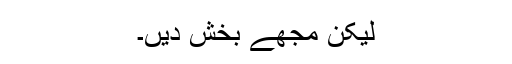
لیکن مجھے بخش دیں۔